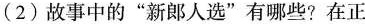
(2)故事中的“新郎人选”有哪些?在正